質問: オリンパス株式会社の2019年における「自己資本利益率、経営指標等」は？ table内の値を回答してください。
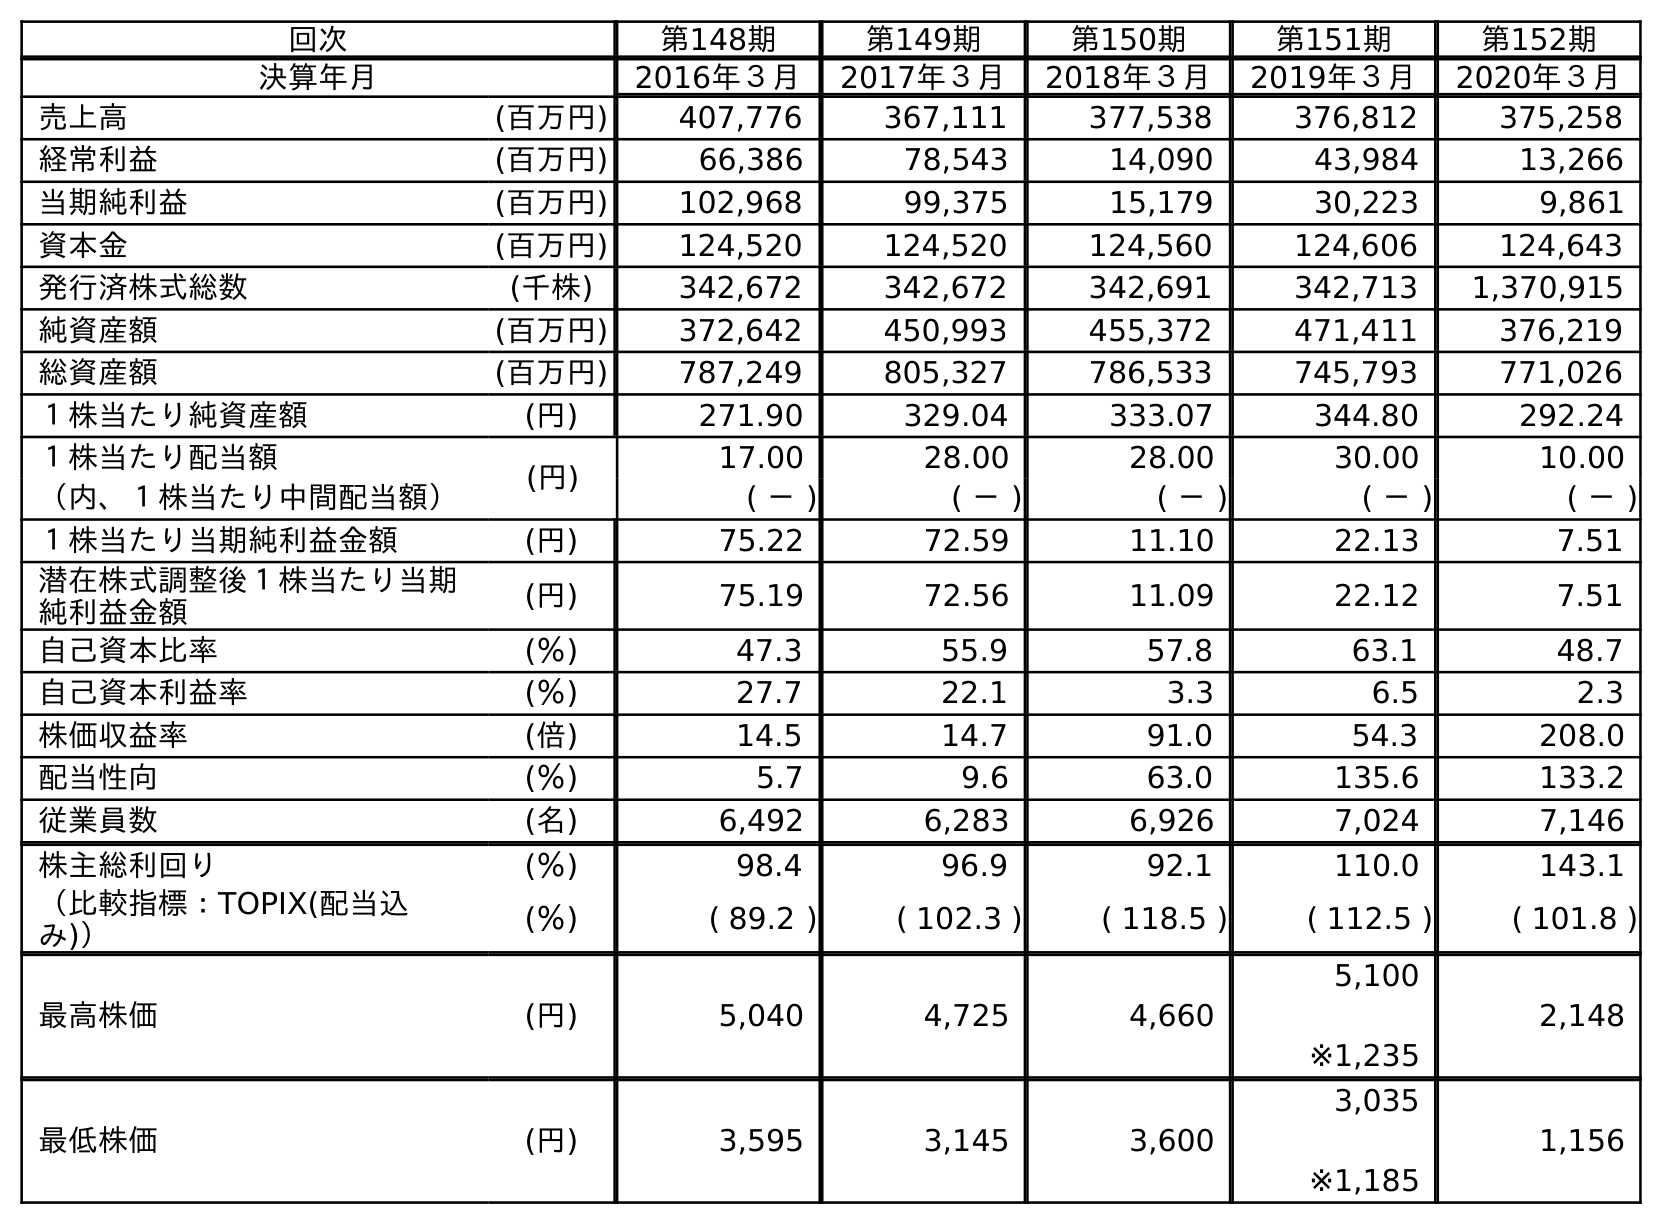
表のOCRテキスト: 回次 第148期 第149期 第150期 第151期 第152期 決算年月 2016年３月 2017年３月 2018年３月 2019年３月 2020年３月 売上高 (百万円) 407,776 367,111 377,538 376,812 375,258 経常利益 (百万円) 66,386 78,543 14,090 43,984 13,266 当期純利益 (百万円) 102,968 99,375 15,179 30,223 9,861 資本金 (百万円) 124,520 124,520 124,560 124,606 124,643 発行済株式総数 (千株) 342,672 342,672 342,691 342,713 1,370,915 純資産額 (百万円) 372,642 450,993 455,372 471,411 376,219 総資産額 (百万円) 787,249 805,327 786,533 745,793 771,026 １株当たり純資産額 (円) 271.90 329.04 333.07 344.80 292.24 １株当たり配当額 (円) 17.00 28.00 28.00 30.00 10.00 （内、１株当たり中間配当額） ( － ) ( － ) ( － ) ( － ) ( － ) １株当たり当期純利益金額 (円) 75.22 72.59 11.10 22.13 7.51 潜在株式調整後１株当たり当期 純利益金額 (円) 75.19 72.56 11.09 22.12 7.51 自己資本比率 (％) 47.3 55.9 57.8 63.1 48.7 自己資本利益率 (％) 27.7 22.1 3.3 6.5 2.3 株価収益率 (倍) 14.5 14.7 91.0 54.3 208.0 配当性向 (％) 5.7 9.6 63.0 135.6 133.2 従業員数 (名) 6,492 6,283 6,926 7,024 7,146 株主総利回り (％) 98.4 96.9 92.1 110.0 143.1 （比較指標：TOPIX(配当込 み)） (％) ( 89.2 ) ( 102.3 ) ( 118.5 ) ( 112.5 ) ( 101.8 ) 最高株価 (円) 5,040 4,725 4,660 5,100 ※1,235 2,148 最低株価 (円) 3,595 3,145 3,600 3,035 ※1,185 1,156
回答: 6.5